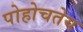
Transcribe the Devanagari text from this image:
पोहोचतेय